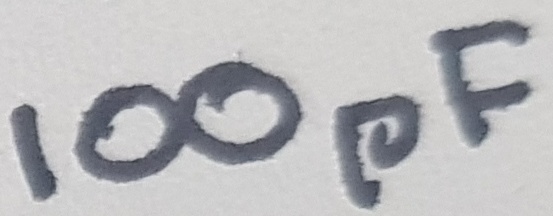
Text: 100pF